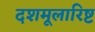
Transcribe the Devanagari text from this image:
दशमूलारिष्ट